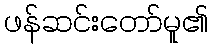
ဖန်ဆင်းတော်မူ၏